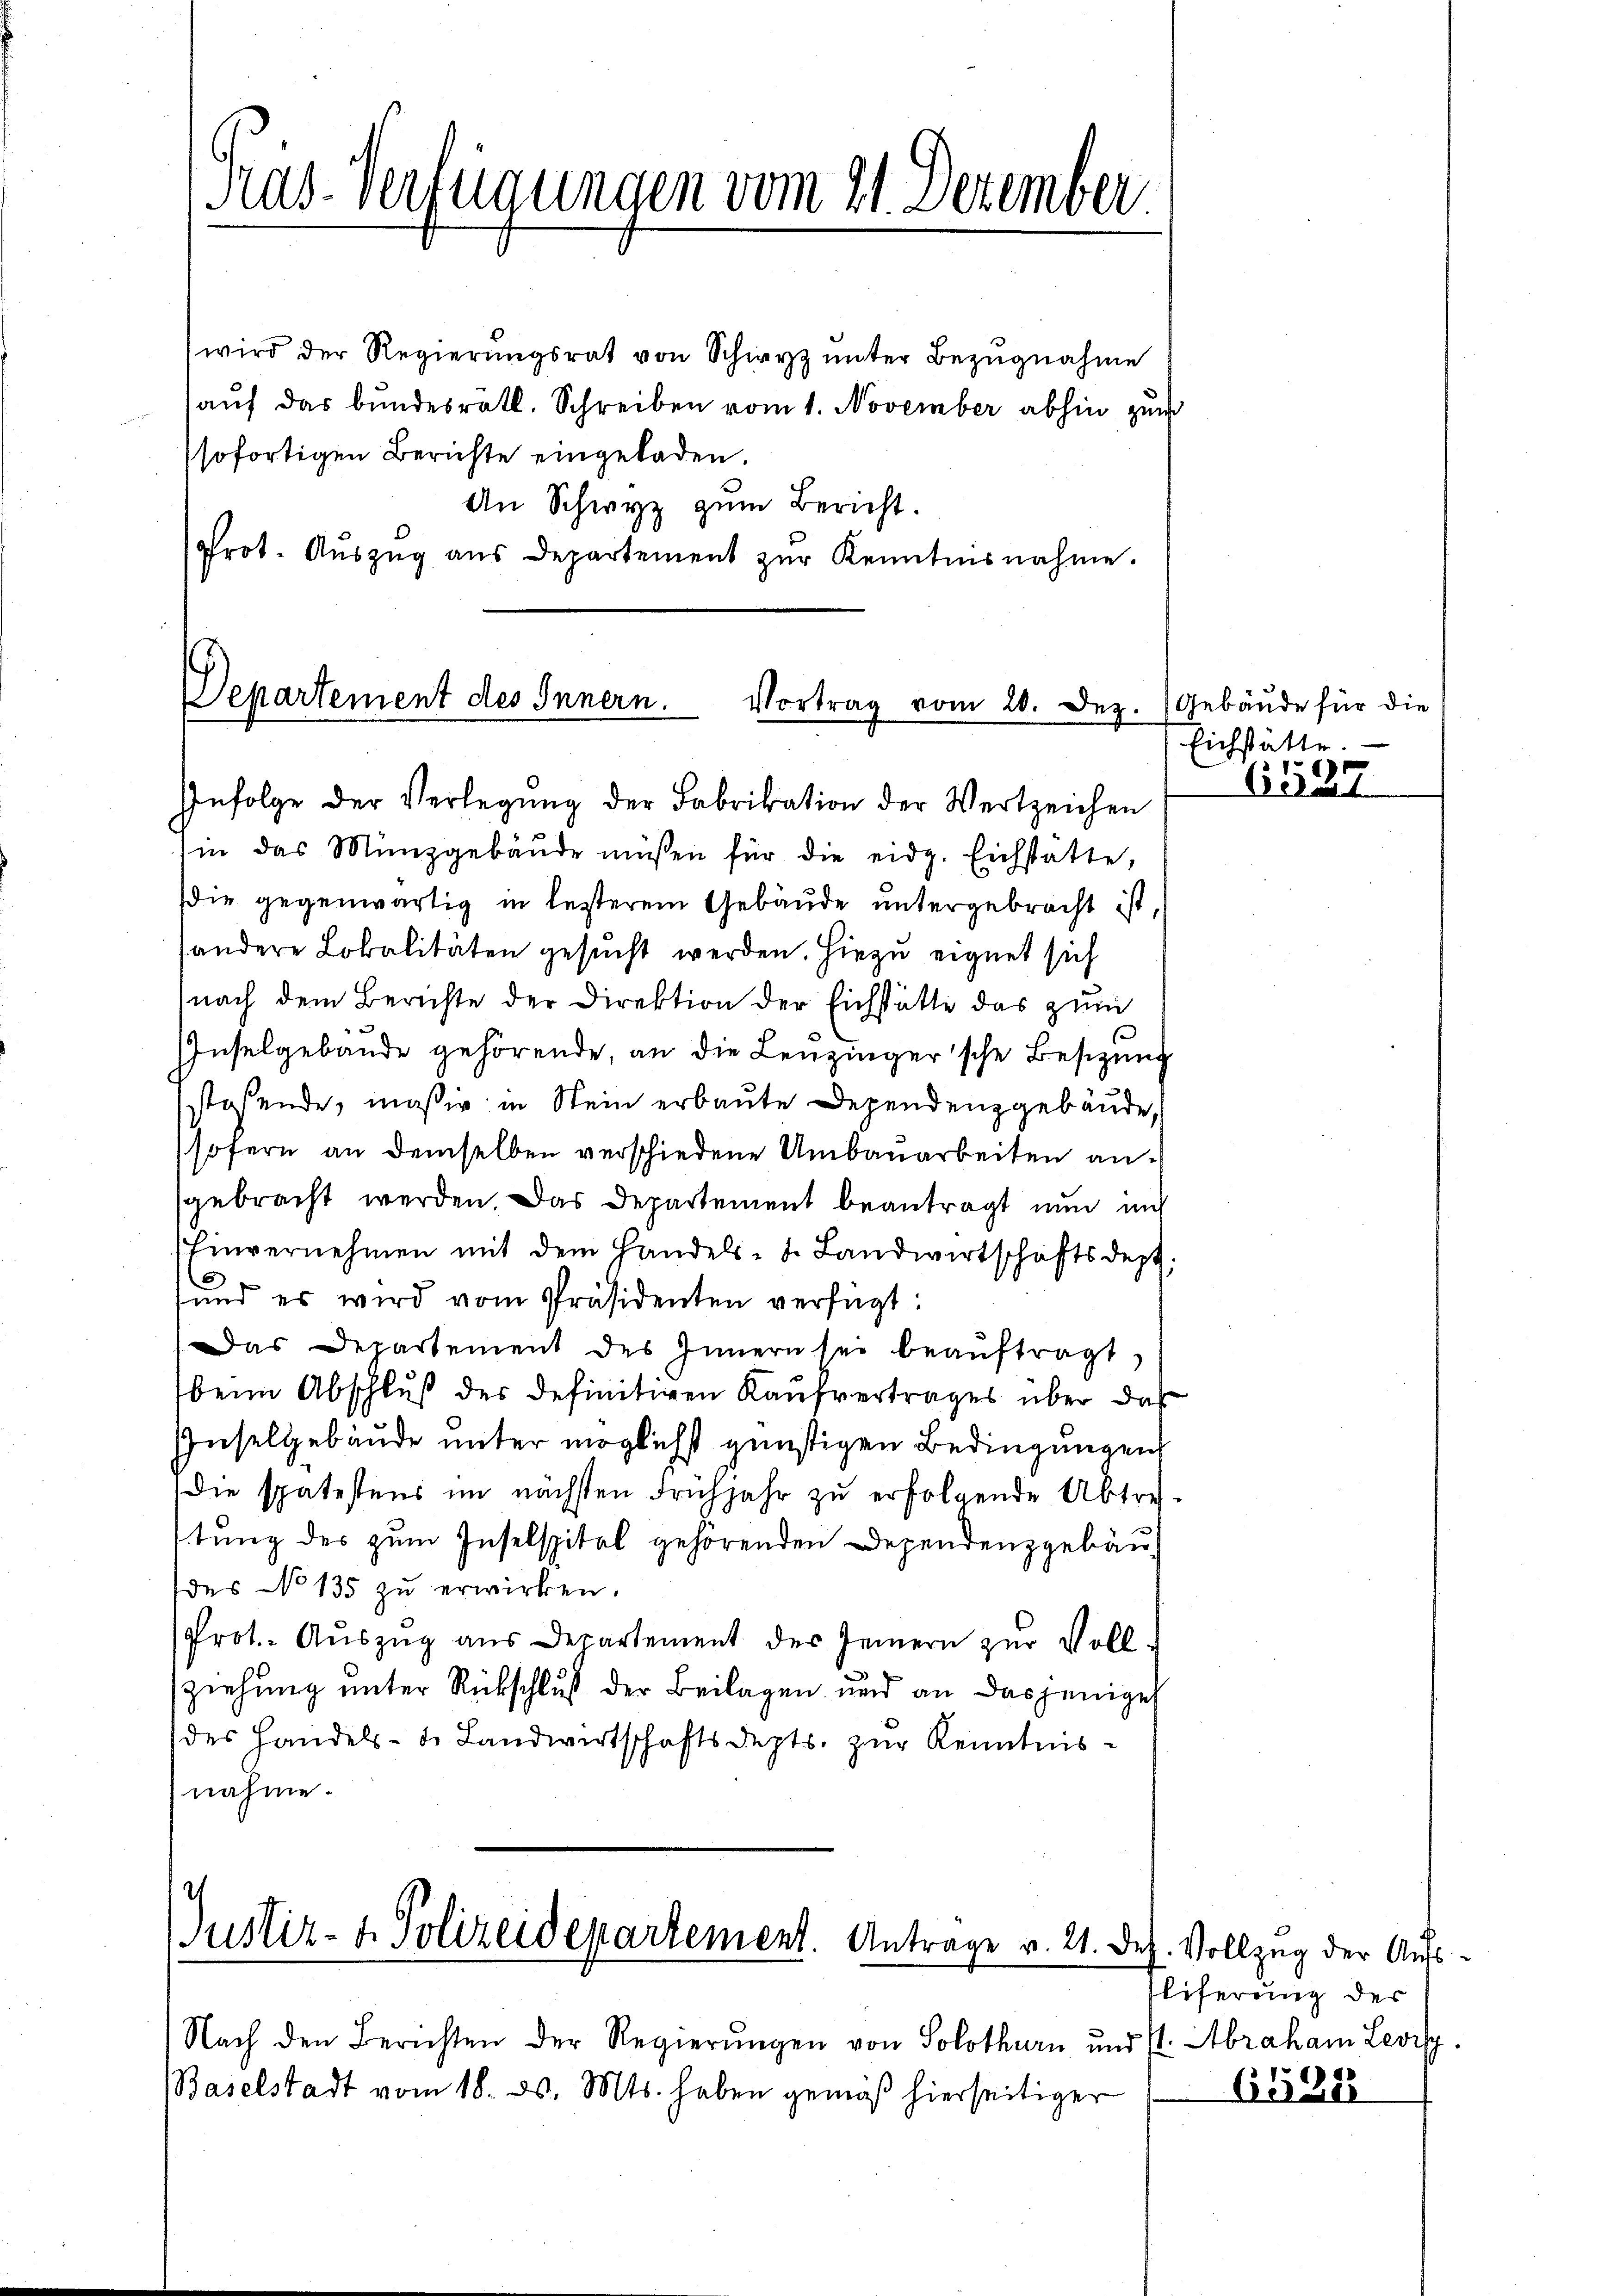
Has-Verfügungen vom 21. Dezember

wird der Regierungsrat von Schwyz unter Bezugnahme
aŭf das bundesrath. Schreiben vom 1. November abhin zum
sofortigen Berichte eingeladen.
An Schwyz zum Bericht.
prot. Aŭszŭg aŭs Departement zŭr Kenntnisnahme.

Departement des Innern. Vortrag vom 20. Dez.
Infolge der Verlegŭng der Fabrikation der Wertzeichen

in das Münzgebäŭde müssen für die eidg. Eichstätte,
die gegenwärtig in lezterem Gebäude untergebracht ist,
andere Lokalitäten gesucht werden. Hiezu eignet sich
(nach dem Berichte der Direktion der Eichstätte das zum
Inselgebäude gehörende, an die Lenzinger'sche Besizung
stehende, mäßig in Stein erbaute Dependenz gebäude,
sofern an demselben verschiedene Umbauarbeiten ansgebracht werden. Das Departement beantragt nun in
Einvernehmen mit dem Handels- u. Landwirtschaftsdept
und es wird vom Präsidenten verfügt:
Das Departement des Innern sei beaŭftragt,
beim Abschluß der definitiven Kaufvertrages über das
Inselgebäude unter möglichst günstigen Bedingungen
die spätestens im nächsten Frühjahr zŭ erfolgende Abtre-
stung des zum Inselspitel gehörenden Dependenzgebäu
des No 135 zu erwirken.
Prot. Aŭszŭg aŭs Departement des Innern zŭr Voll-
ziehung unter Rückschluß der Beilagen und an dasjenige
des Handels- u. Landwirtschaftsdepts. zur Kenntnisnahme.

Justiz- & Polizeidepartement. Antrage v. 21. De

Nach den Berichten der Regierŭngen von Solothurn und st. Abraham Levis
Baselstadt vom 18. ds. Mts. haben gemäß hierseitiger

Gebäude für die
Eichstätte.
6537

z. Vollzug der Amtsliferung der

65388